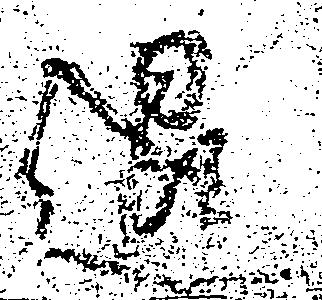
退